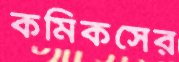
কমিকসের